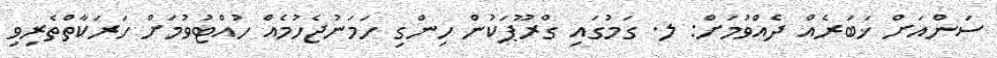
ސަންއަށް ޚަބަރެއް ދެއްވުމަށް: ލ. ގަމުގައި ގްރޫޕަކުން ހިންގި ހަމަނުޖެހުމެއް ހުއްޓުވުމަށް ހަރަކާތްތެރިވި